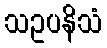
သဥပနိသံ